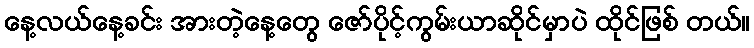
နေ့လယ်နေ့ခင်း အားတဲ့နေ့တွေ ဇော်ပိုင့်ကွမ်းယာဆိုင်မှာပဲ ထိုင်ဖြစ် တယ်။